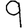
Digit: 9